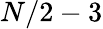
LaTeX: N/2-3